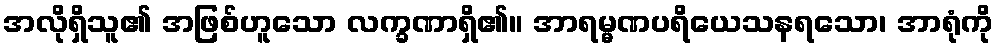
အလိုရှိသူ၏ အဖြစ်ဟူသော လက္ခဏာရှိ၏။ အာရမ္မဏပရိယေသနရသော၊ အာရုံကို